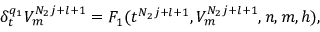
\delta _ { t } ^ { q _ { 1 } } V _ { m } ^ { N _ { 2 } j + l + 1 } = F _ { 1 } ( t ^ { N _ { 2 } j + l + 1 } , V _ { m } ^ { N _ { 2 } j + l + 1 } , n , m , h ) ,